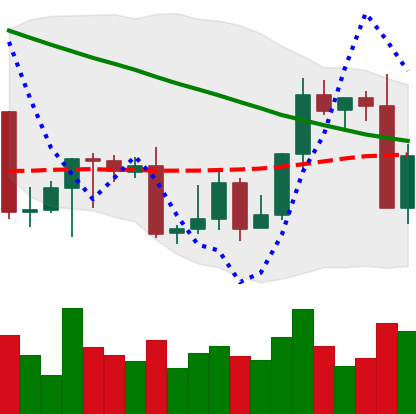
Ticker: LTC-USD
Chart end date: 2022-09-07
Forward return: 6.873%
Label: up_5_7